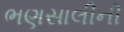
ભણસાલીની